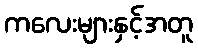
ကလေးများနှင့်အတူ